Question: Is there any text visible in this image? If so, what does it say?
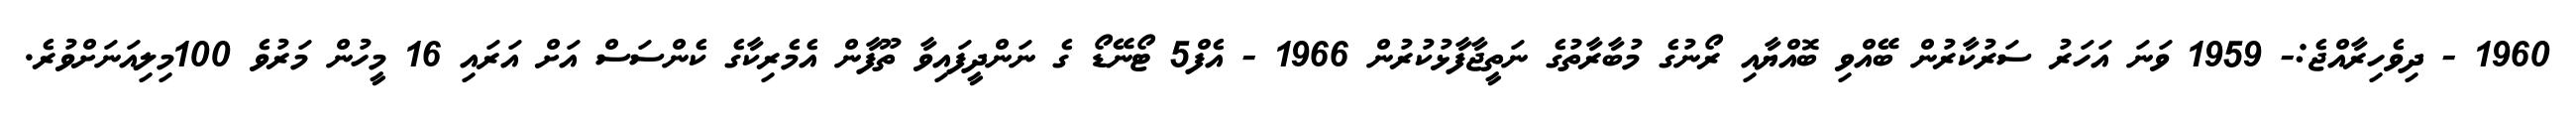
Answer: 1960 - ދިވެހިރާއްޖެ:- 1959 ވަނަ އަހަރު ސަރުކާރުން ބޭއްވި ބޮއްޔާއި ރޯނުގެ މުބާރާތުގެ ނަތީޖާފާޅުކުރުން 1966 - އެފް5 ޓޯނޭޑޯ ގެ ނަންދީފައިވާ ތޫފާން އެމެރިކާގެ ކެންސަސް އަށް އަރައި 16 މީހުން މަރުވެ 100މިލިއަނަށްވުރެ.